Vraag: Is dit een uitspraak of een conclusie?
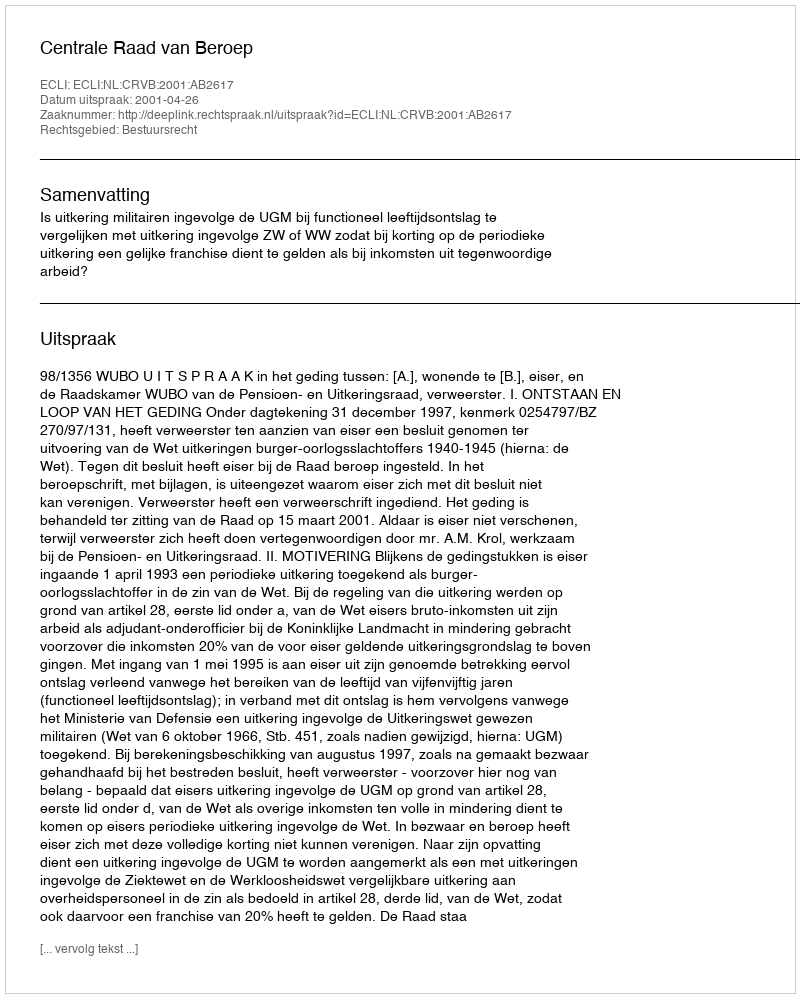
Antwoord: Uitspraak